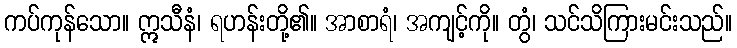
ကပ်ကုန်သော။ ဣသီနံ၊ ရဟန်းတို့၏။ အာစာရံ၊ အကျင့်ကို။ တွံ၊ သင်သိကြားမင်းသည်။